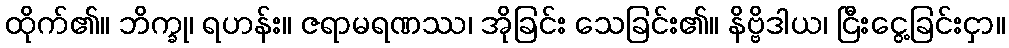
ထိုက်၏။ ဘိက္ခု၊ ရဟန်း။ ဇရာမရဏဿ၊ အိုခြင်း သေခြင်း၏။ နိဗ္ဗိဒါယ၊ ငြီးငွေ့ခြင်းငှာ။